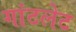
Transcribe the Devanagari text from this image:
गांटलेट